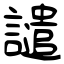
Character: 譴